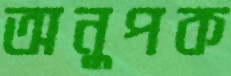
অনুপক